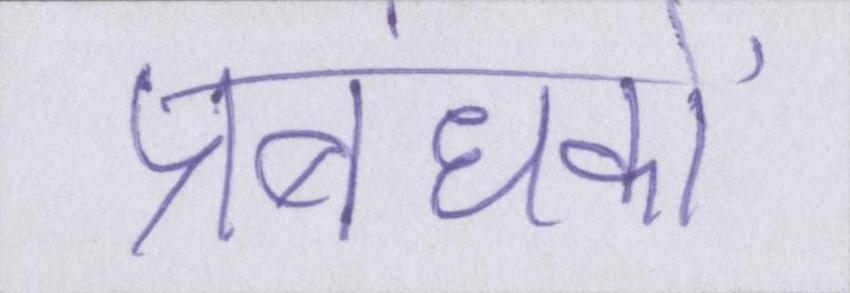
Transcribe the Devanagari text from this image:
प्रबंधकों